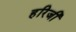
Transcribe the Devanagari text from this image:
हरिजी